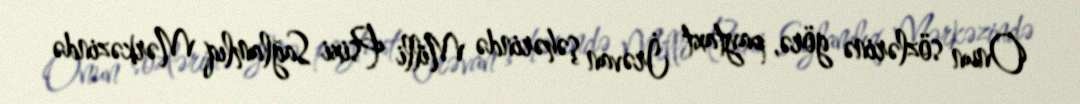
Onun sözlərinə görə, paytaxt İrəvan şəhərində Milli Psixi Sağlamlıq Mərkəzində